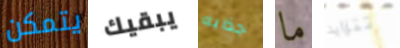
يتمكن يبقيك جذابه ما تتزايد